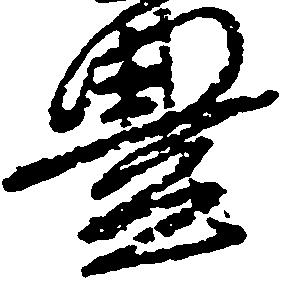
豊